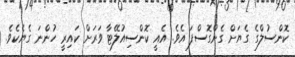
ކޮންސުލްގެ ގެޔަށް ގެންގޮސްފަ އެވެ. އެއީ ކޮންސިއުލޭޓާ ވަރަށް ކައިރީ ހުންނަ ގެޔެކެވެ.